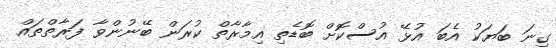
ގިނަ ބަޔަކު އެބަ އުޅޭ އުސްކޮށް ބޮޑެތި އިމާރާތް ކުރަން ބޭނުންވާ ފަރާތްތައް